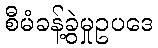
စီမံခန့်ခွဲမှုဥပဒေ